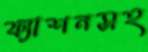
ফ্যাশনসহ